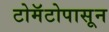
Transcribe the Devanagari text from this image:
टोमॅटोपासून